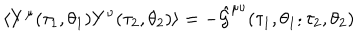
\langle Y ^ { \mu } ( \tau _ { 1 } , \theta _ { 1 } ) Y ^ { \nu } ( \tau _ { 2 } , \theta _ { 2 } ) \rangle = - \hat { \cal G } ^ { \mu \nu } ( \tau _ { 1 } , \theta _ { 1 } ; \tau _ { 2 } , \theta _ { 2 } )